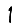
Digit: 1